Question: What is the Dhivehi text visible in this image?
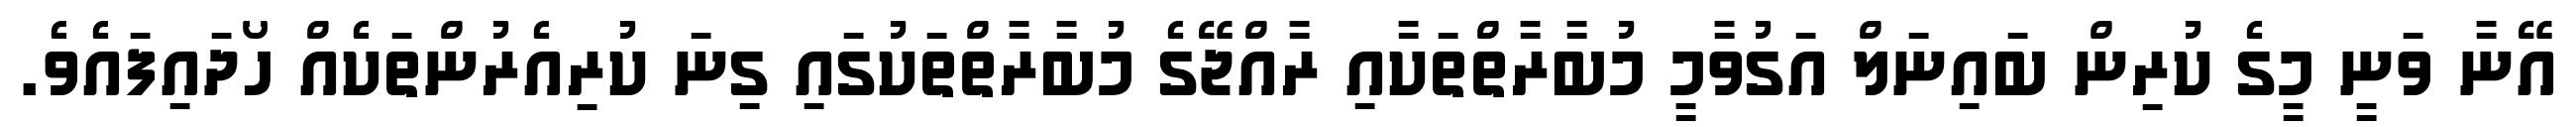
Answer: އޭނާ ވަނީ މީގެ ކުރިން ބައިނަލް އަގުވާމީ މުބާރާތްތަކާއި ރާއްޖޭގެ މުބާރާތްތަކުގައި ގިނަ ކުރިއެރުންތަކެއް ހޯދައިފައެވެ.